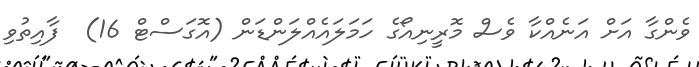
ވެންގާ އަށް އަނެއްކާ ވެސް މޮރީނިއޯގެ ހަމަލައެއްލަންޑަން (އޮގަސްޓް 16)  ފާއިތުވި